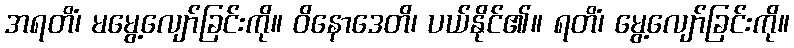
အရတိံ၊ မမွေ့လျော်ခြင်းကို။ ဝိနောဒေတိ၊ ပယ်နိုင်၏။ ရတိံ၊ မွေ့လျော်ခြင်းကို။